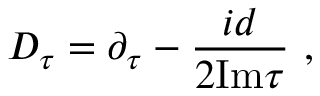
{ \cal D } _ { \tau } = \partial _ { \tau } - { \frac { i d } { 2 \mathrm { I m } \tau } } ~ ,